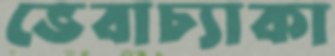
ভেবাচ্যাকা